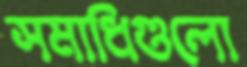
সমাধিগুলো